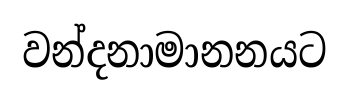
වන්දනාමානනයට